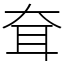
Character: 耷